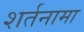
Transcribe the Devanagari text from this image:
शर्तनामा